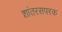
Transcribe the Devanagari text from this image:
शांतरसपरक